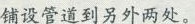
铺设管道到另外两处。